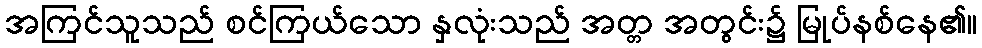
အကြင်သူသည် စင်ကြယ်သော နှလုံးသည် အတ္တ အတွင်း၌ မြုပ်နစ်နေ၏။